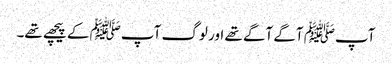
آپﷺ آگے آگے تھے اور لوگ آپﷺ کے پیچھے تھے۔